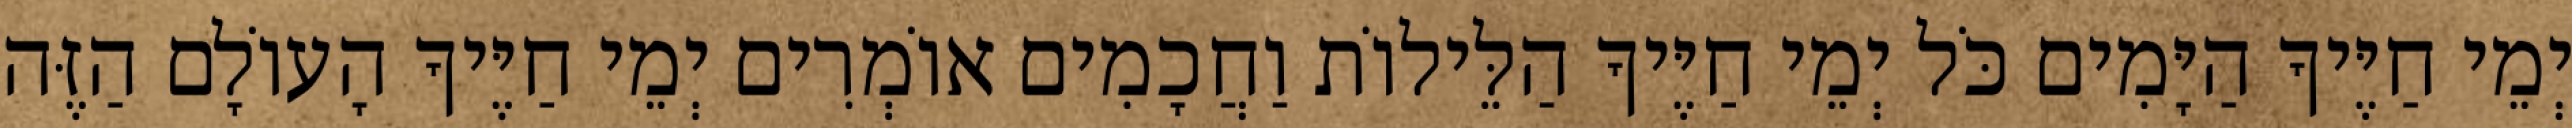
יְמֵי חַיֶּיךָ הַיָּמִים כֹּל יְמֵי חַיֶּיךָ הַלֵּילוֹת וַחֲכָמִים אוֹמְרִים יְמֵי חַיֶּיךָ הָעוֹלָם הַזֶּה